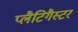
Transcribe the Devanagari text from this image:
प्लैटिगैस्टर